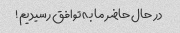
در حال حاضر ما به توافق رسیدیم!